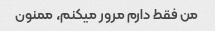
من فقط دارم مرور میکنم، ممنون